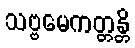
သဗ္ဗမေကတ္တန္တိ